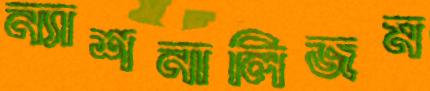
ন্যাশনালিজম